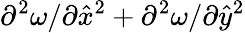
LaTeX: \partial^{2}\omega/\partial{\hat{x}}^{2}+\partial^{2}\omega/\partial{\hat{y}}^{2}